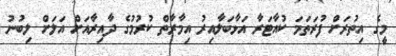
މީގެ އިތުރަށް ފުރަތަމަ ކުއާޓަރާ އަޅާބަލާއިރު އިމާރާތް ކުރުމުގެ ދާއިރާއަށް އަލަށް ލިބުނު